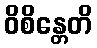
ဝိစိန္တေတိ